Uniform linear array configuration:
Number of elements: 32
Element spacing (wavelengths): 0.25
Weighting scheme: hann
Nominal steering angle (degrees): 45
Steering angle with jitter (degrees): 43.221
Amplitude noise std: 0.05
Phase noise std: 0.05

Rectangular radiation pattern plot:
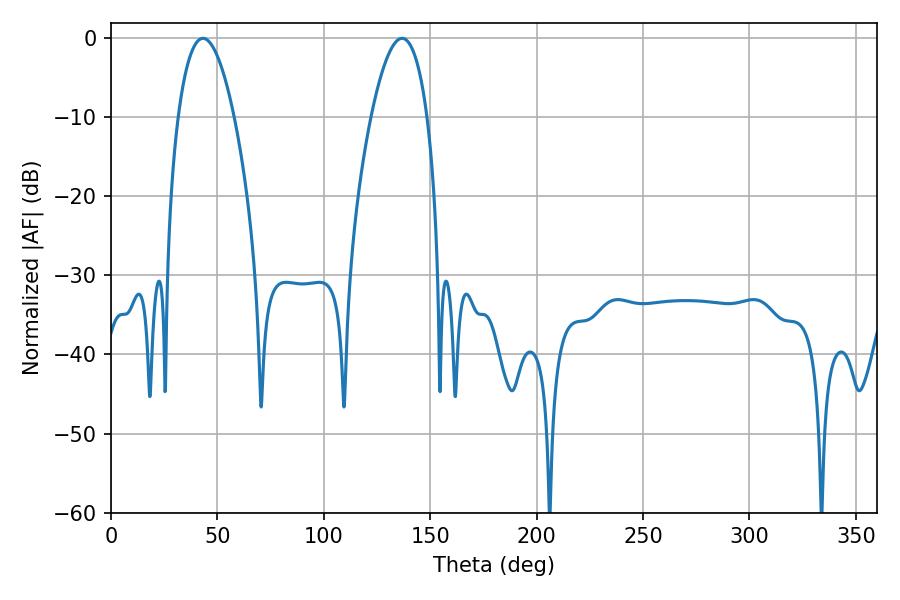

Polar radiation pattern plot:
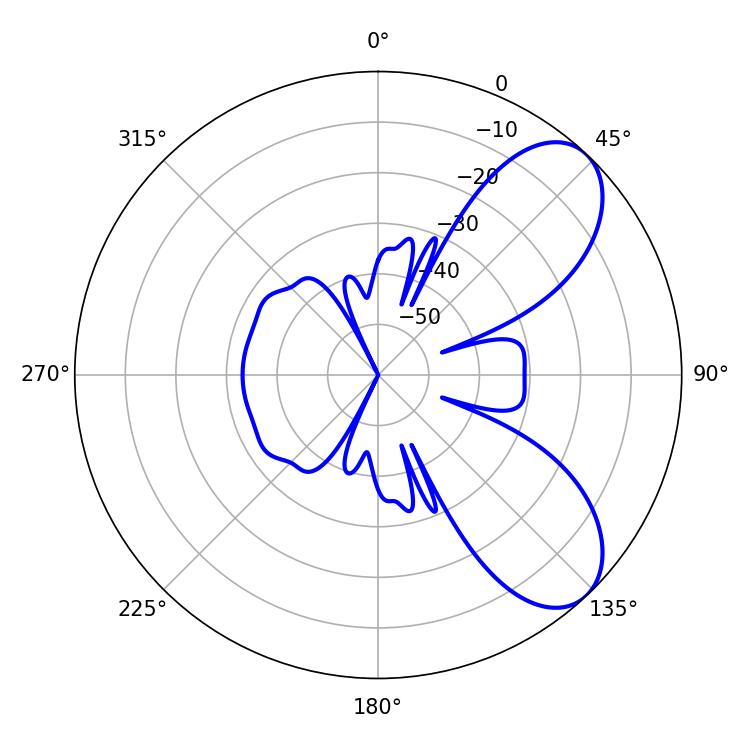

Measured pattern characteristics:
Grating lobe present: FALSE
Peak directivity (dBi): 7.265
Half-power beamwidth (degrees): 14.58
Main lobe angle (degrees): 43.2